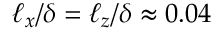
\ell _ { x } / \delta = \ell _ { z } / \delta \approx 0 . 0 4